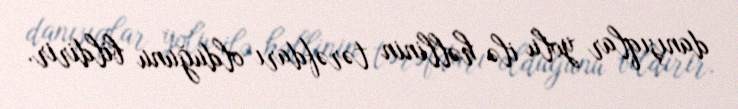
danışıqlar yolu ilə həllinin tərəfdarı olduğunu bildirir.